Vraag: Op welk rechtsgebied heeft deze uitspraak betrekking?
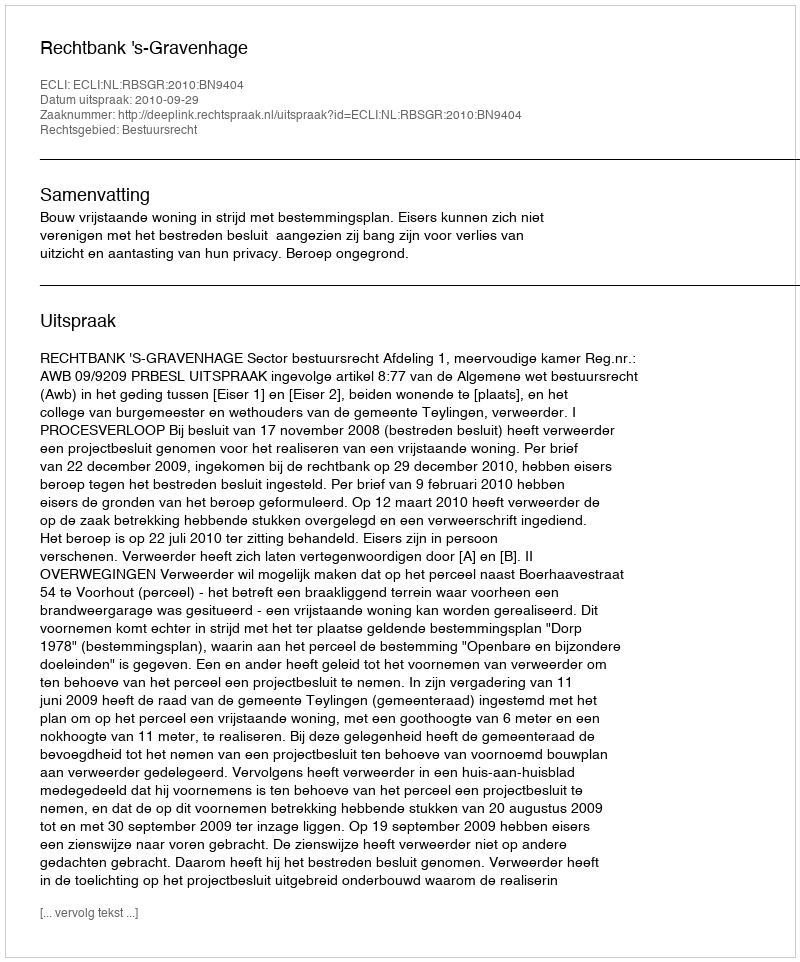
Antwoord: Bestuursrecht